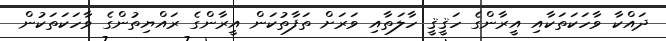
ދައްކާ ވާހަކަތަކާއި އީރާންގެ ހަޤީޤީ ހާލަތާއި ވަރަށް ތަފާތުކަން އީރާންގެ ރައްޔިތުންގެ ވާހަކަތަކުން